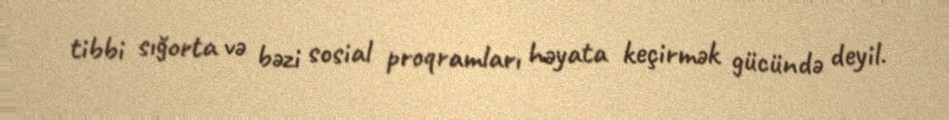
tibbi sığorta və bəzi sosial proqramları həyata keçirmək gücündə deyil.